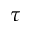
\tau